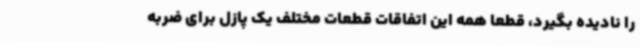
را نادیده بگیرد، قطعا همه این اتفاقات قطعات مختلف یک پازل برای ضربه